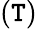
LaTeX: (\mathtt{T})